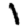
Digit: 1